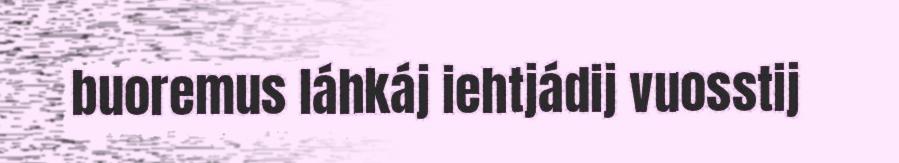
buoremus láhkáj iehtjádij vuosstij